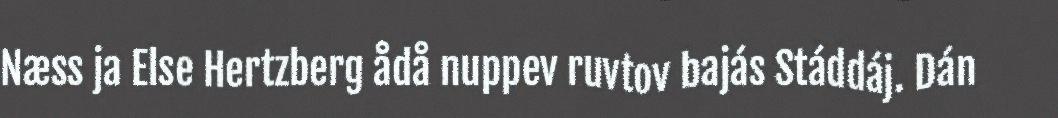
Næss ja Else Hertzberg ådå nuppev ruvtov bajás Stáddáj. Dán